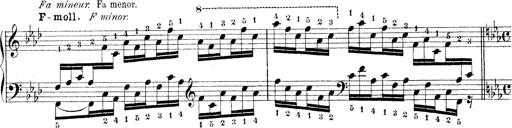
Title: Technische Studien
Composer: Franz Liszt